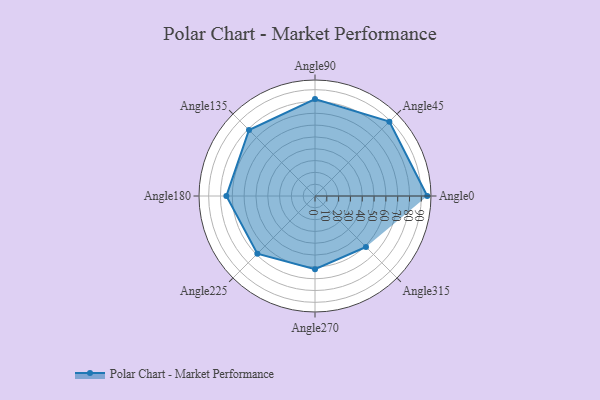
{"axis": {"x": "Angle", "y": "Radius"}, "legend": [""], "data": [{"x": "Angle0", "y": 95.0, "type": ""}, {"x": "Angle45", "y": 89.0, "type": ""}, {"x": "Angle90", "y": 82.0, "type": ""}, {"x": "Angle135", "y": 79.0, "type": ""}, {"x": "Angle180", "y": 75.0, "type": ""}, {"x": "Angle225", "y": 69.0, "type": ""}, {"x": "Angle270", "y": 62.0, "type": ""}, {"x": "Angle315", "y": 61.0, "type": ""}]}